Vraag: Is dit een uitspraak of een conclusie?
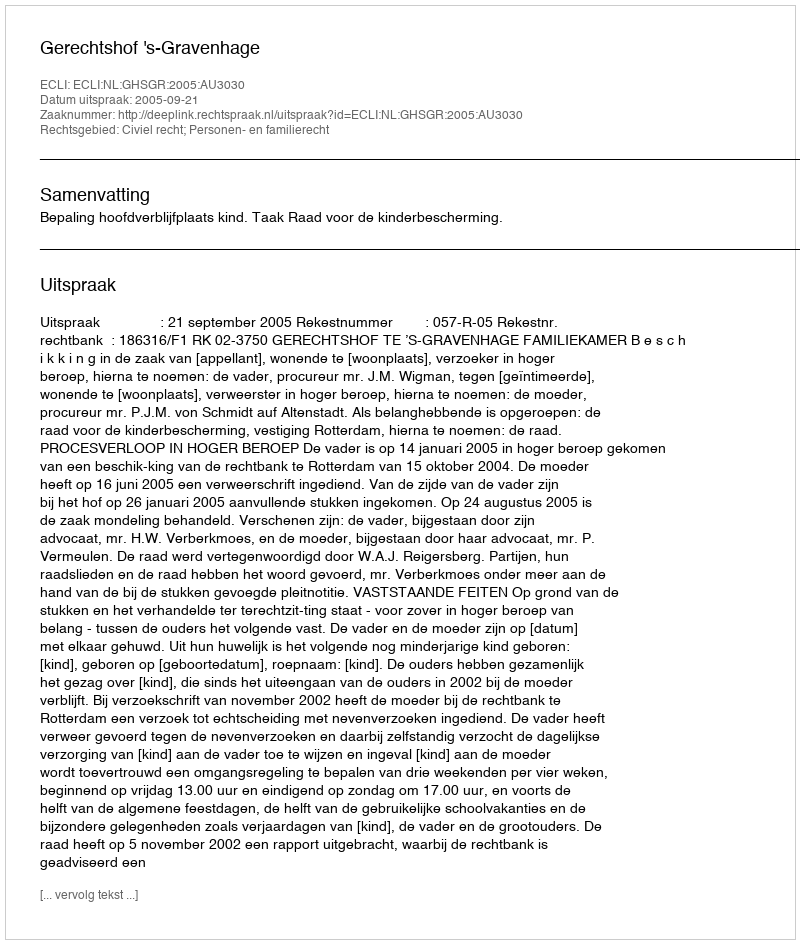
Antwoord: Uitspraak